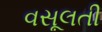
વસૂલતી